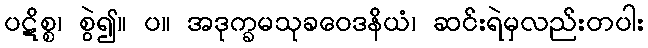
ပဋိစ္စ၊ စွဲ၍။ ပ။ အဒုက္ခမသုခဝေဒနိယံ၊ ဆင်းရဲမှလည်းတပါး